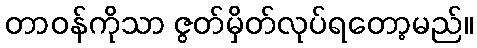
တာဝန်ကိုသာ ဇွတ်မှိတ်လုပ်ရတော့မည်။